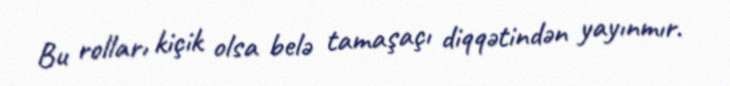
Bu rolları kiçik olsa belə tamaşaçı diqqətindən yayınmır.